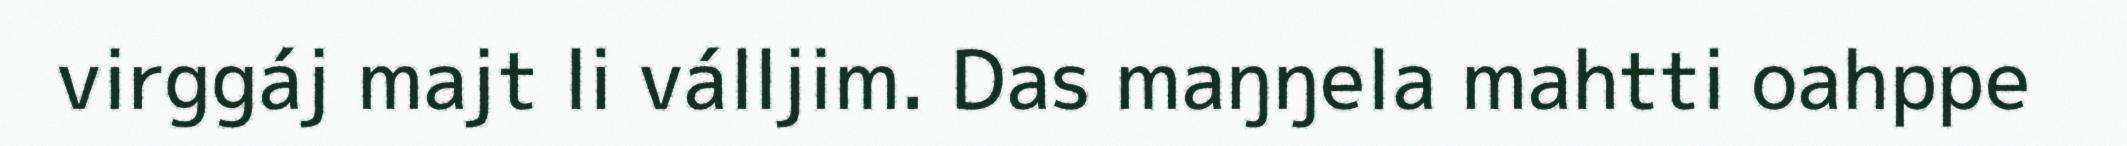
virggáj majt li válljim. Das maŋŋela mahtti oahppe